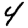
Digit: 4